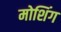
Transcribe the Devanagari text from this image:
मोशिंग